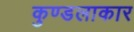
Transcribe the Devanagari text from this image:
कुण्डलाकार